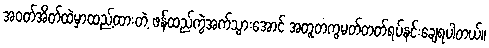
အဝတ်အိတ်ထဲမှာထည့်ထားတဲ့ ဖန်ထည်ကွဲအက်သွားအောင် အတူတကွမတ်တတ်ရပ်နင်းချေရပါတယ်။